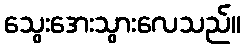
သွေးအေးသွားလေသည်။